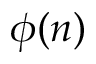
\phi ( n )